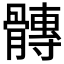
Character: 𮪴